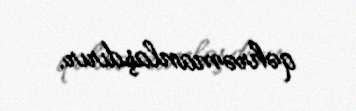
qəhrəmanlaşdırır.